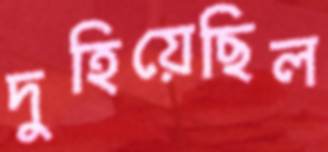
দুহিয়েছিল